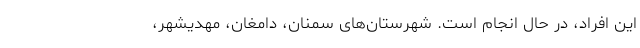
این افراد، در حال انجام است. شهرستان‌های سمنان، دامغان، مهدیشهر،